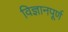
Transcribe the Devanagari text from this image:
विज्ञानपूर्ण